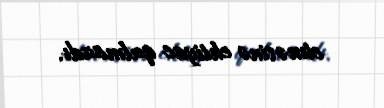
etməsinə ehtiyac qalmazdı.